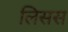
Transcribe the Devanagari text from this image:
लिसस